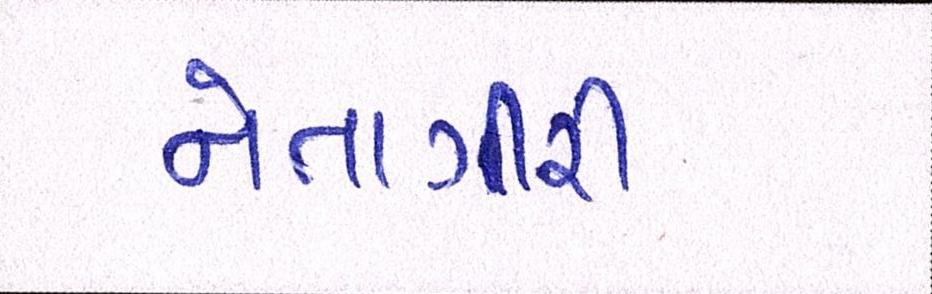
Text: નેતાગીરી